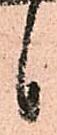
候